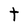
Character: t